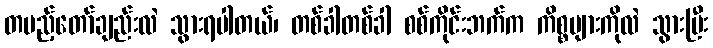
တပည့်တော်ချည်းလဲ သွားရပါတယ်၊ တစ်ခါတစ်ခါ စစ်ကိုင်းဘက်က ကိစ္စများကိုလဲ သွားပြီး